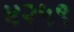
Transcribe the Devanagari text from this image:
४२५९